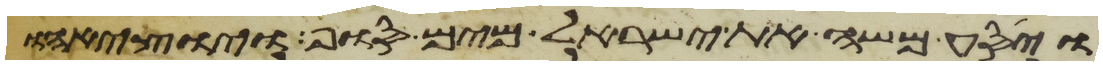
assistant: ויסע משה את ישראל מים סוף ויוציאהו